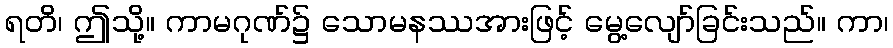
ရတိ၊ ဤသို့။ ကာမဂုဏ်၌ သောမနဿအားဖြင့် မွေ့လျော်ခြင်းသည်။ ကာ၊